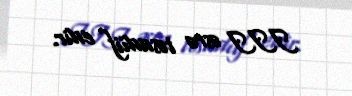
III əsrə təsadüf edir.